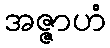
အဇ္ဇာဟံ